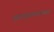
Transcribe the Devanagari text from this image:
आवागमनाच्या